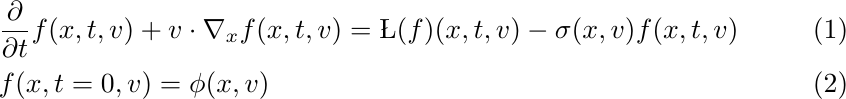
	\begin{alignat}{4}
		&\frac{\partial }{\partial t} f(x,t,v) + v\cdot \nabla_x f(x,t,v) = \L(f){(x,t,v)} - \sigma{(x,v)} f{(x,t,v)}\,\label{eq:chemotaxis}\\%,\quad (x,t,v)\in\rr^3\times V\times[0,T]\nonumber \\
		&f(x,t=0,v) = \phi(x,v)\label{eq:initialdata}%\in C_{c,+}^{\infty} %L^{1}\cap L^{\infty}
	\end{alignat}